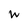
Character: w